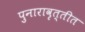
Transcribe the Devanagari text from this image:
पुनारावृत्तीत